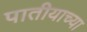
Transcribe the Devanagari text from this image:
पातीयाच्या